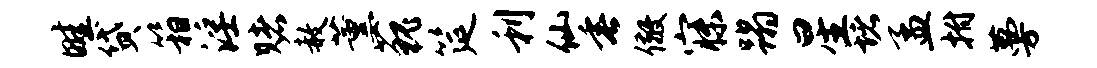
畦贷箱淫赌赦薰藐筵利仙垂儆寐蹋星堵孟拊蔓